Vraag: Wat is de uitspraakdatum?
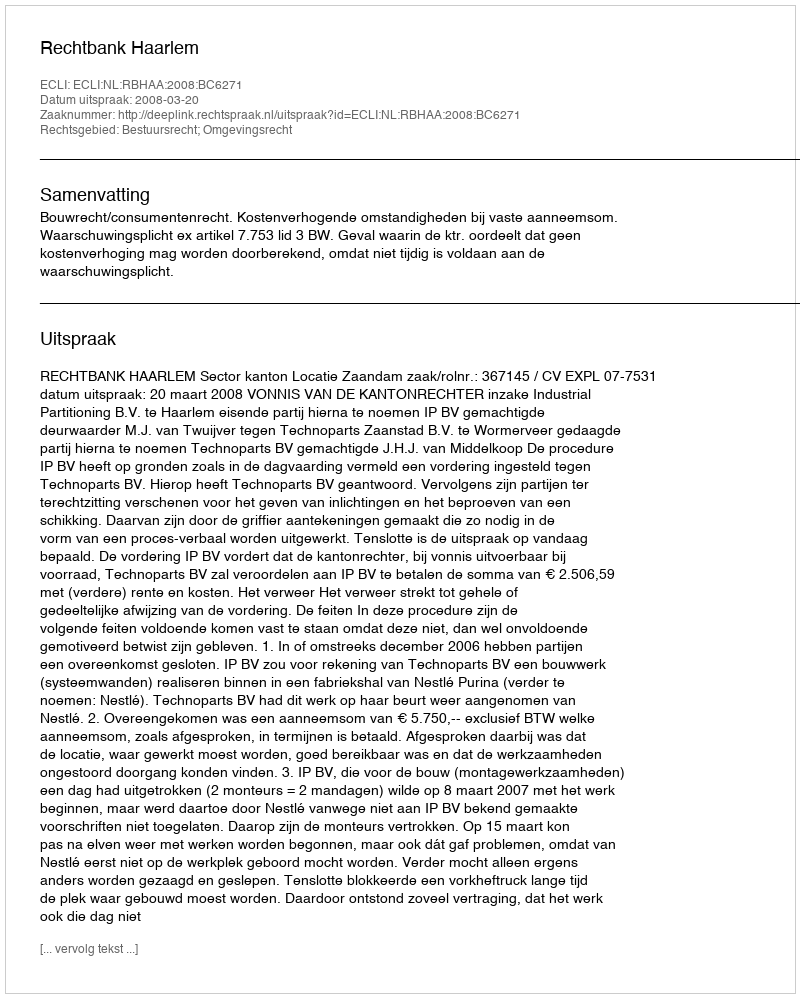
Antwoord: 2008-03-20